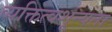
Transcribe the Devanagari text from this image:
व्यक्तित्वशून्यता